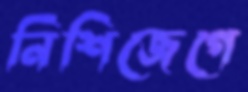
নিশিজেগে